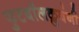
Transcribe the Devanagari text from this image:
फुटबॉलक्लबंनी